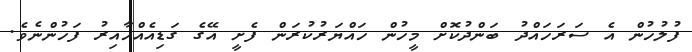
ފުލުހުން އެ ސަރަހައްދު ބަންދުކޮށް މީހުން ހައްޔަރުކުރަން ފެށީ އޭގެ ގަޑިއެއްހާއިރު ފަހުންނެވެ.